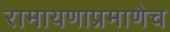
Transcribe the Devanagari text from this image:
रामायणाप्रमाणेच